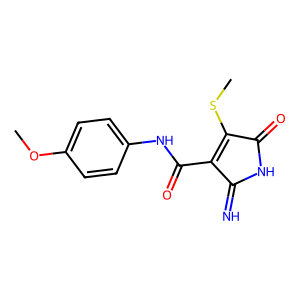
SMILES: COc1ccc(NC(=O)C2=C(SC)C(=O)NC2=N)cc1
Inhibits HIV replication: No